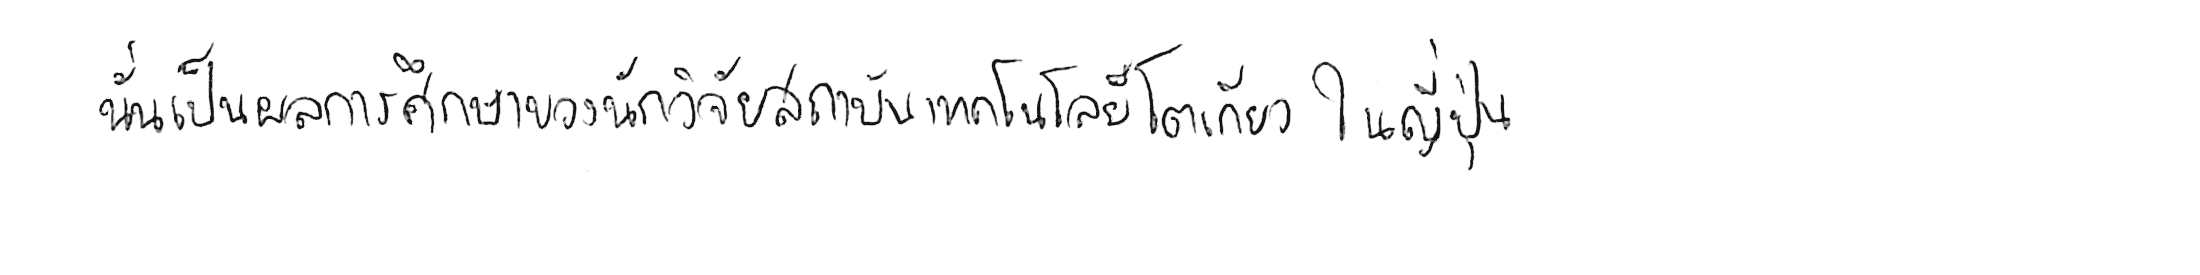
นั่นเป็นผลการศึกษาของนักวิจัยสถาบันเทคโนโลยีโตเกียว ในญี่ปุ่น